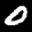
Label: 0